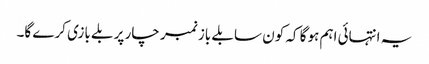
یہ انتہائی اہم ہوگا کہ کون سا بلے باز نمبر چار پر بلے بازی کرے گا۔